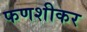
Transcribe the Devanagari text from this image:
फणशीकर